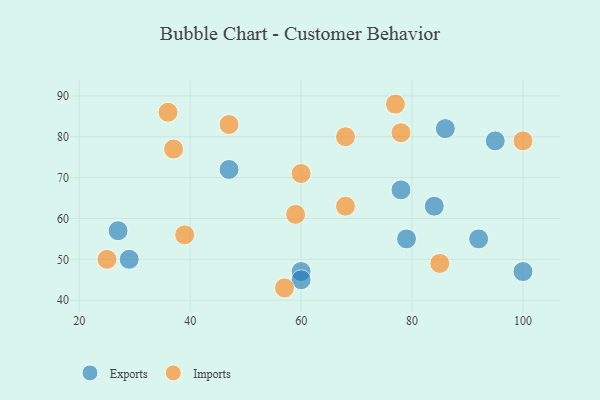
{"axis": {"x": "GDP", "y": "Life Expectancy"}, "legend": ["Exports", "Imports"], "data": [{"x": "60", "y": 47, "type": "Exports"}, {"x": "84", "y": 63, "type": "Exports"}, {"x": "86", "y": 82, "type": "Exports"}, {"x": "79", "y": 55, "type": "Exports"}, {"x": "27", "y": 57, "type": "Exports"}, {"x": "95", "y": 79, "type": "Exports"}, {"x": "100", "y": 47, "type": "Exports"}, {"x": "78", "y": 67, "type": "Exports"}, {"x": "47", "y": 72, "type": "Exports"}, {"x": "92", "y": 55, "type": "Exports"}, {"x": "29", "y": 50, "type": "Exports"}, {"x": "60", "y": 45, "type": "Exports"}, {"x": "37", "y": 77, "type": "Imports"}, {"x": "68", "y": 63, "type": "Imports"}, {"x": "47", "y": 83, "type": "Imports"}, {"x": "85", "y": 49, "type": "Imports"}, {"x": "39", "y": 56, "type": "Imports"}, {"x": "100", "y": 79, "type": "Imports"}, {"x": "57", "y": 43, "type": "Imports"}, {"x": "60", "y": 71, "type": "Imports"}, {"x": "59", "y": 61, "type": "Imports"}, {"x": "68", "y": 80, "type": "Imports"}, {"x": "36", "y": 86, "type": "Imports"}, {"x": "78", "y": 81, "type": "Imports"}, {"x": "25", "y": 50, "type": "Imports"}, {"x": "77", "y": 88, "type": "Imports"}]}